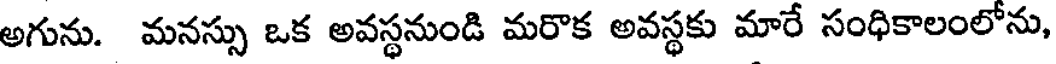
అగును. మనస్సు ఒక అవస్థనుండి మరొక అవస్థకు మారే సంధికాలంలోను